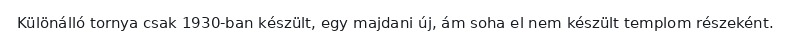
Különálló tornya csak 1930-ban készült, egy majdani új, ám soha el nem készült templom részeként.